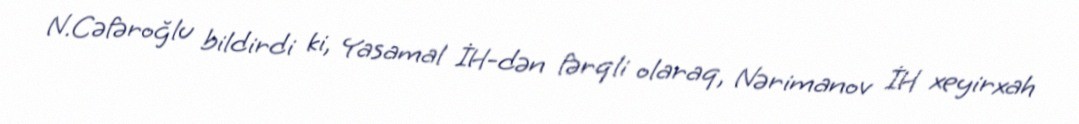
N.Cəfəroğlu bildirdi ki, Yasamal İH-dən fərqli olaraq, Nərimanov İH xeyirxah